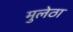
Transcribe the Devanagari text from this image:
मुलेठा